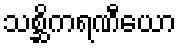
သစ္ဆိကရဏီယော